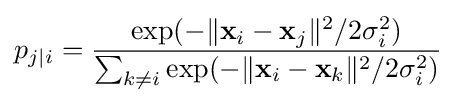
p_{j\mid i}={\frac {\exp(-\lVert \mathbf {x} _{i}-\mathbf {x} _{j}\rVert ^{2}/2\sigma _{i}^{2})}{\sum _{k\neq i}\exp(-\lVert \mathbf {x} _{i}-\mathbf {x} _{k}\rVert ^{2}/2\sigma _{i}^{2})}}